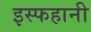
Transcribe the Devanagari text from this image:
इस्फहानी